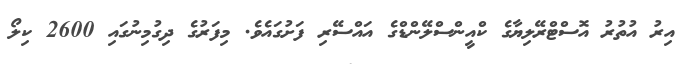
އިރު އުތުރު އޮސްޓްރޭލިޔާގެ ކްއީންސްލޭންޑްގެ އައްސޭރި ފަށުގައެވެ. މިފަރުގެ ދިގުމިނުގައި 2600 ކިލޯ